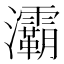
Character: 灞